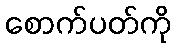
စောက်ပတ်ကို